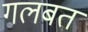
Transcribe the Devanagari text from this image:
गलबत